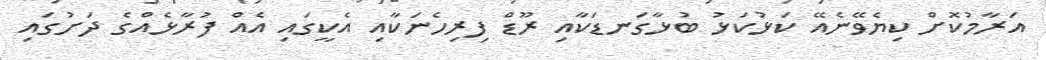
އަރާމުކޮށް ކިޔެވޭނެއޭ ކަޅުކަޅު ބުޅާގަނޑަކާއި ރޫޑް ފިރިހެނަކާއި އެކީގައި އެއް ފުރާޅެއްގެ ދަށުގައި